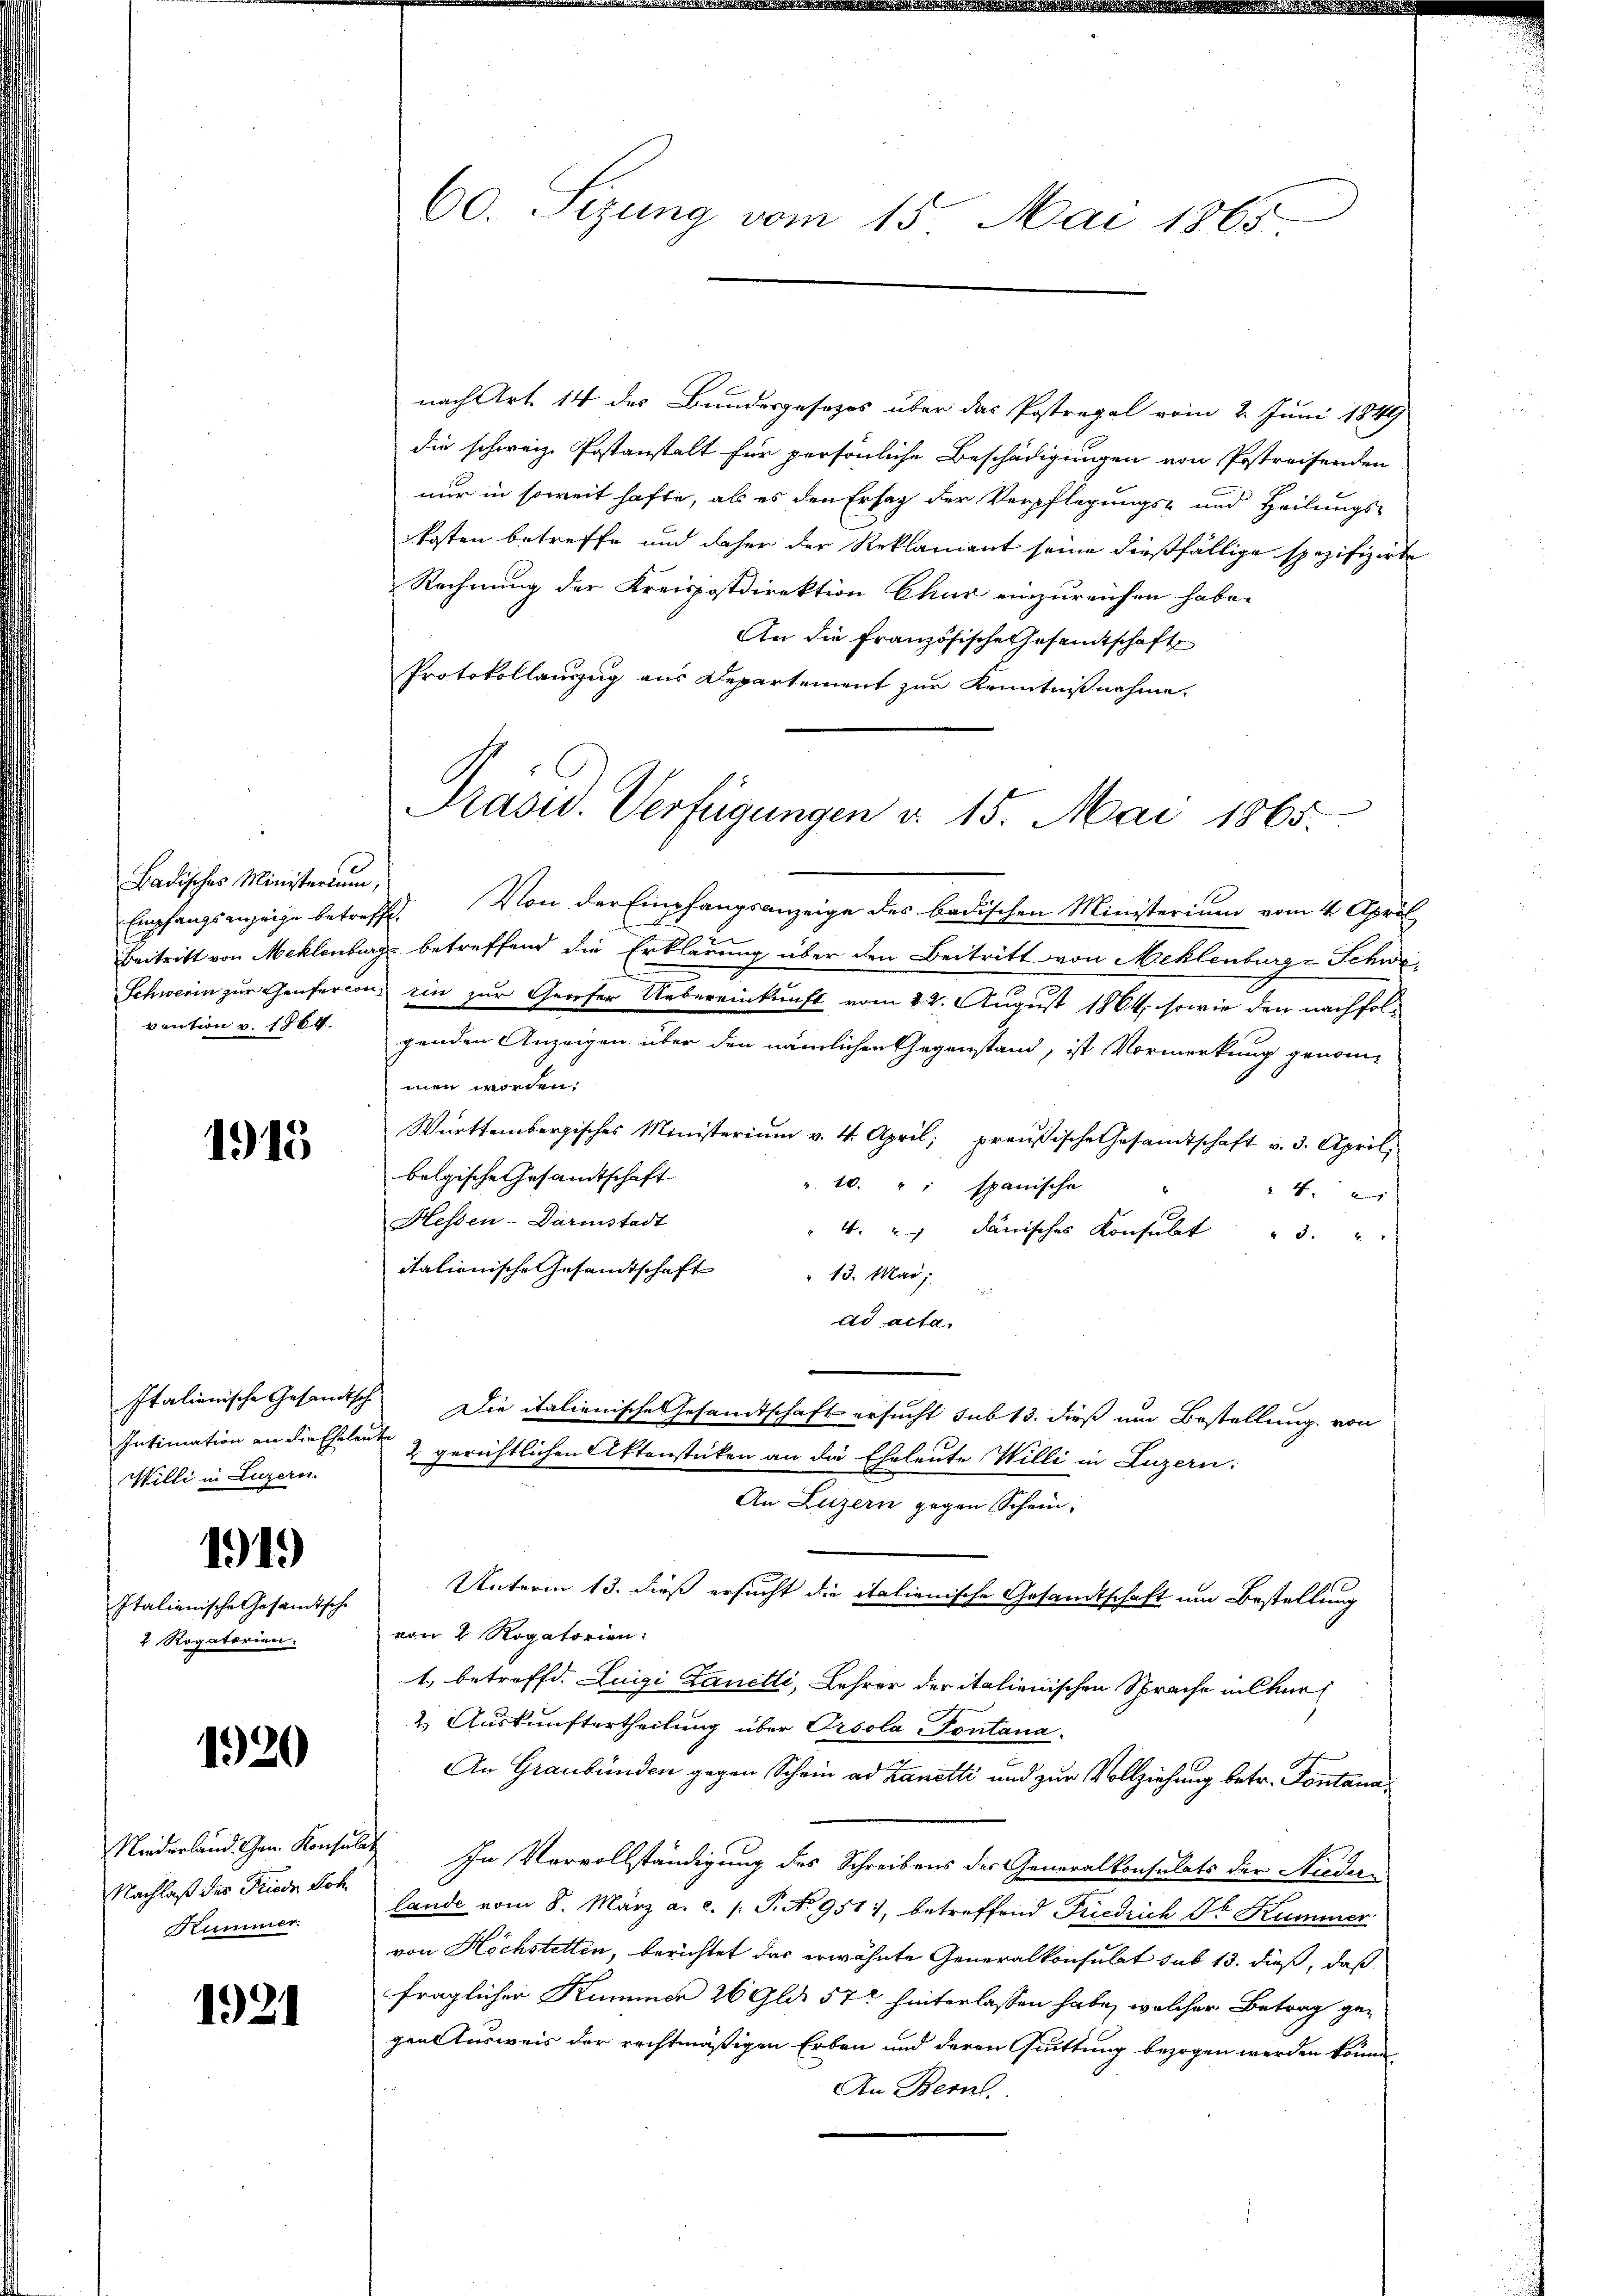
Badisches Ministerium,
vention v. 1864.

1913

Willi in Luzern.

1919

Italienische Gesandtsche
1 Rogatorien.

1920

Niederland. Gen. Konsin
Nachlaß des Friede Soh
Kummer.

1921

nach Art. 14 des Bundesgesezes über das Postregal vom 2. Juni 1849
die schweiz. Postanstalt für persönliche Beschädigungen von Pestreisenden
nur in soweit hafte, als es den Erlag der Verpflegungs- und Heilungs-
kosten betreffe und daher der Reklamant seine dießfällige spezifizirte
Rechnung der Kreispostdirektion Chur einzureichen habe.
An die Französische Gesamtschaft
Protokollauszug aus Departement zur Kenntnißnahme.
Empfangsanzeige betreffe. Von der Empfangsanzeige des badischen Ministerium vom 4. April
Beitritt von Meklenburg betreffend die Erklärung über den Beitritt von Meklenburge Schwe¬
Schwerin zur Genfercon, ein zur Geiser Uebereinkunft vom 22. August 1864, sowie den nachfolgenden Anzeigen über den nämlichen Gegenstand, ist Vormerkung genom-
men worden.
Württembergisches Ministeriŭm v. 4. April, preußische Gesamtschaft v. 3. April,
belgische Gesandtschaft
10.": spanische
4
Hessen-Darmstadt
4. " " dänisches Konsult " 3. "
italienische Gesamtschaft
13. Mai,
ad acta.
Italionische Gesandtsch Die italienische Gesandtschaft ersucht sub 13. dieß um Bestellung von
Intimation an die Eheleute & gerichtlichen Aktenstücken an die Eheleute Willi in Luzern,
An Luzern gegen Schein-
Unterm 13. dieß ersucht die italienische Gesandtschaft um Bestellung
von 2 Rogatorien:
1.) betreffd. Luigi Lanetli, Lehrer der italienischen Sprache in Chur
2. Auskunftertheilung über Orsola Pontana.
An Graubünden gegen Schein ad Lanetti und zur Vollziehung betr. Fontana
 In Vervollständigung des Schreibens der Generalkonsulats der Niederlande vom 8. März a. c. /: P. No 951), betreffend Friedrich St. Kummer
von Höchstetten, berichtet das erwähnte Generalkonsulat sub 13. dieß, daß
fraglicher Kummer 26 Glds 57 hinterlassen habe, welcher Betrag ge-
gen Ausweis der rechtmäßigen Erben und deren Quittung bezogen werden könne,
An Berl.

60. Sizung vom 15. Mai 1865

Präsid. Verfügungen d. 15. Mai 1865.